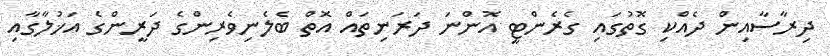
ދިރާސާއިން ދެއްކި ގޮތުގައި ގެރެންޓީ އޮންނަ ދަރަނިތައް އޮތް ބެލެނިވެރިންގެ ދަރީންގެ އަޚުލާގާއި